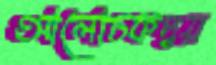
আলোচকদ্বয়